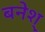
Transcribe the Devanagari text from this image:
बनेश्